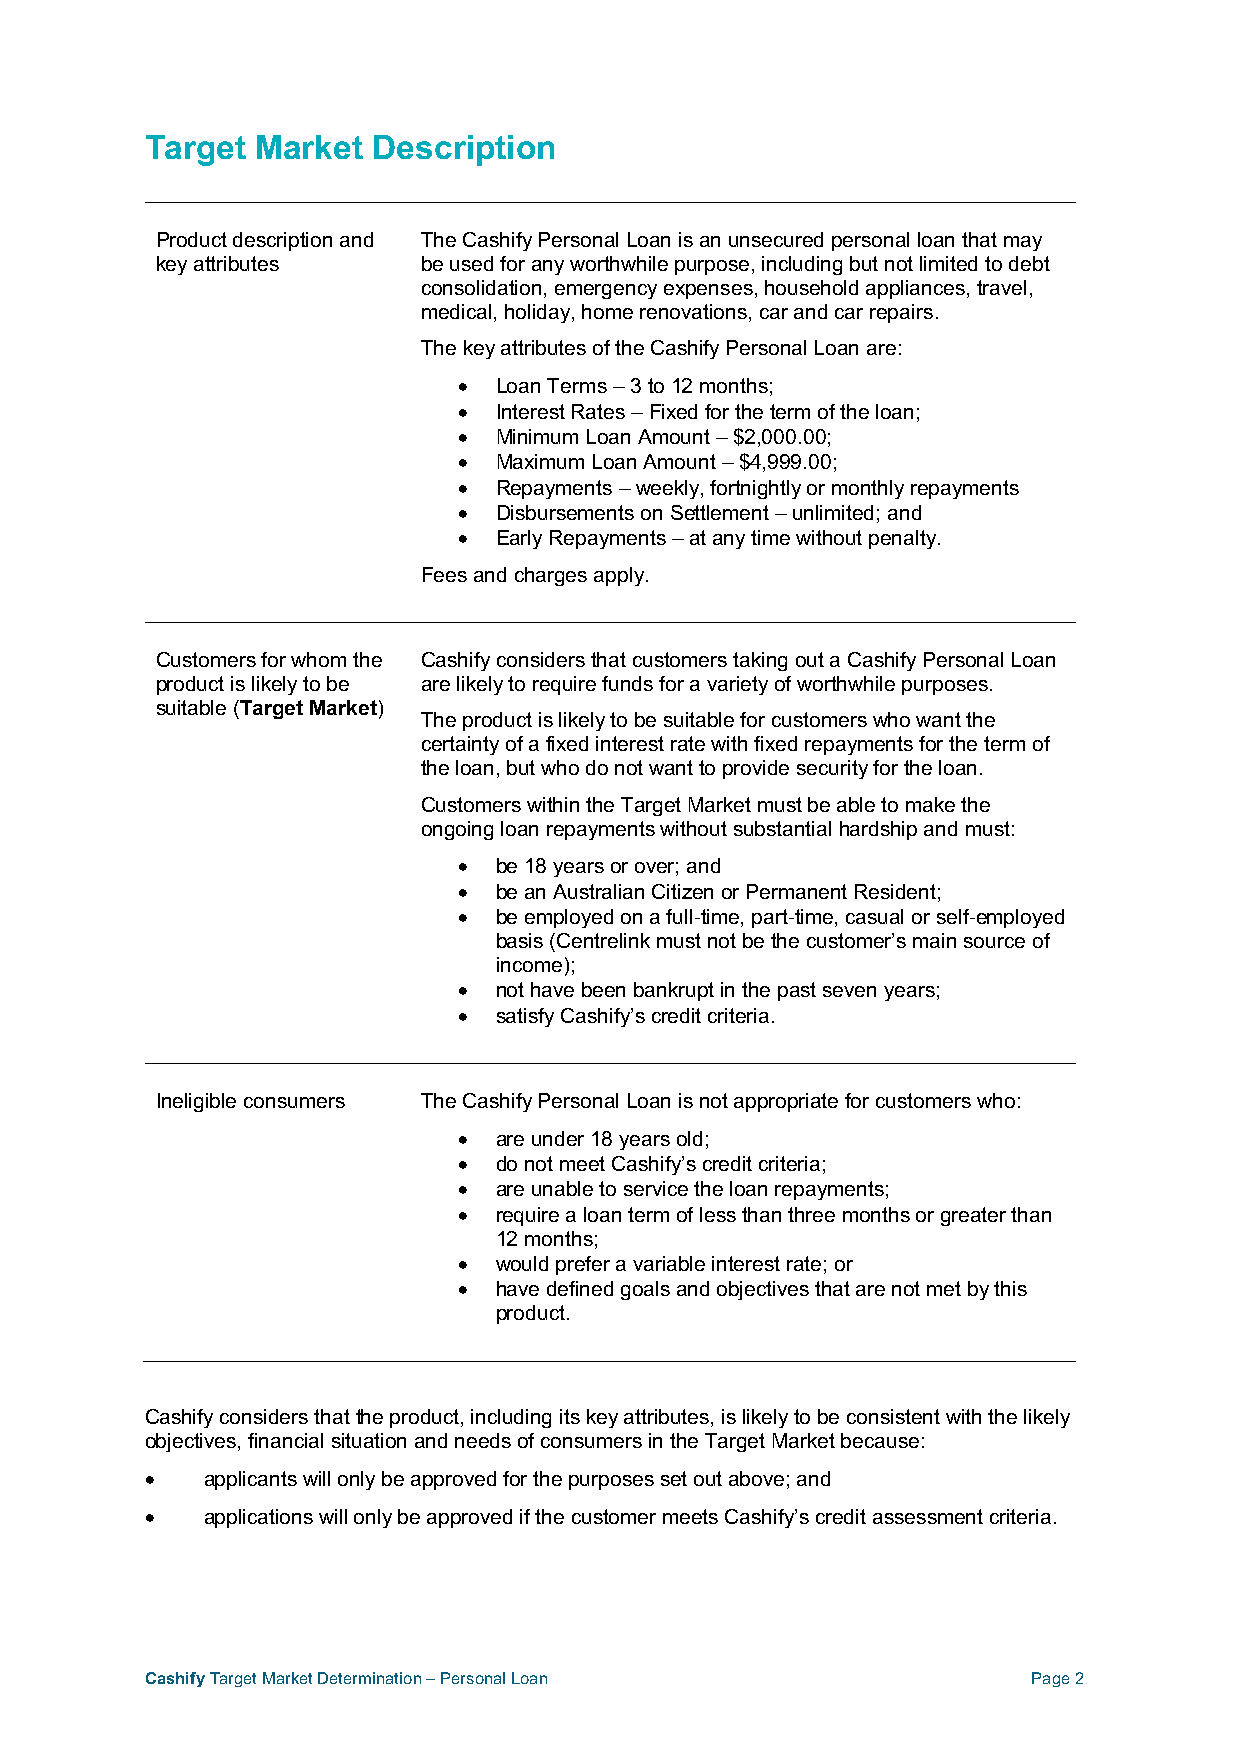
Target Market  Description
 Product description and The Cashify Personal Loan is an unsecured personal loan that may
 key attributes    be used for any worthwhile purpose, including but not limited to debt
 consolidation, emergency expenses, household appliances, travel,
 medical, holiday, home renovations, car and car repairs.
 The key attributes of the Cashify Personal Loan are:
 •  Loan Terms – 3 to 12 months;
 •  Interest Rates – Fixed for the term of the loan;
 •  Minimum Loan Amount – $2,000.00;
 •  Maximum Loan Amount – $4,999.00;
 •  Repayments – weekly, fortnightly or monthly repayments
 •  Disbursements on Settlement – unlimited; and
 •  Early Repayments – at any time without penalty.
 Fees and charges apply.
 Customers for whom the Cashify considers that customers taking out a Cashify Personal Loan
 product is likely to be are likely to require funds for a variety of worthwhile purposes.
 suitable (Target Market)
 The product is likely to be suitable for customers who want the
 certainty of a fixed interest rate with fixed repayments for the term of
 the loan, but who do not want to provide security for the loan.
 Customers within the Target Market must be able to make the
 ongoing loan repayments without substantial hardship and must:
 •  be 18 years or over; and
 •  be an Australian Citizen or Permanent Resident;
 •  be employed on a full-time, part-time, casual or self-employed
 basis (Centrelink must not be the customer’s main source of
 income);
 •  not have been bankrupt in the past seven years;
 •  satisfy Cashify’s credit criteria.
 Ineligible consumers The Cashify Personal Loan is not appropriate for customers who:
 •  are under 18 years old;
 •  do not meet Cashify’s credit criteria;
 •  are unable to service the loan repayments;
 •  require a loan term of less than three months or greater than
 12 months;
 •  would prefer a variable interest rate; or
 •  have defined goals and objectives that are not met by this
 product.
 Cashify considers that the product, including its key attributes, is likely to be consistent with the likely
 objectives, financial situation and needs of consumers in the Target Market because:
 •  applicants will only be approved for the purposes set out above; and
 •  applications will only be approved if the customer meets Cashify’s credit assessment criteria.
 Cashify Target Market Determination – Personal Loan       Page 2